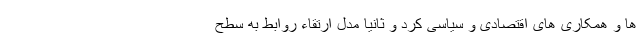
ها و همکاری های اقتصادی و سیاسی کرد و ثانیا مدل ارتقاء روابط به سطح